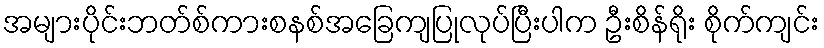
အများပိုင်းဘတ်စ်ကားစနစ်အခြေကျပြုလုပ်ပြီးပါက ဦးစိန်ရိုး စိုက်ကျင်း